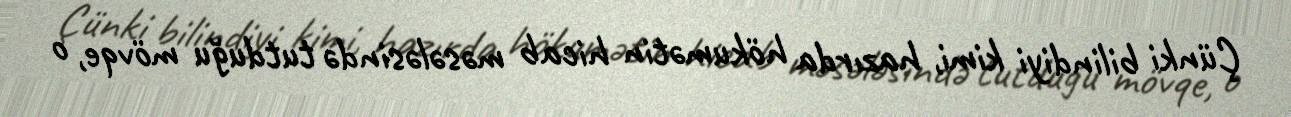
Çünki bilindiyi kimi, hazırda hökumətin hicab məsələsində tutduğu mövqe, o